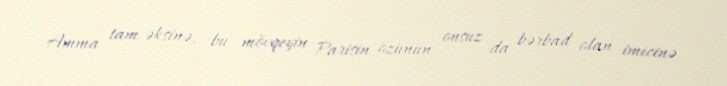
Amma tam əksinə, bu mövqeyin Parisin özünün onsuz da bərbad olan imicinə